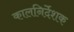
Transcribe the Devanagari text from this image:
कालनिर्देशक